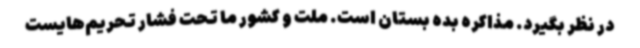
در نظر بگیرد. مذاکره بده بستان است. ملت و کشور ما تحت فشار تحریم‌هایست